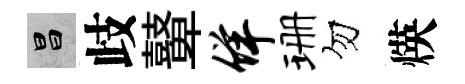
昌歧鼙佯珊勿煐